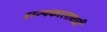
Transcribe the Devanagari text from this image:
राज्यकालावधी